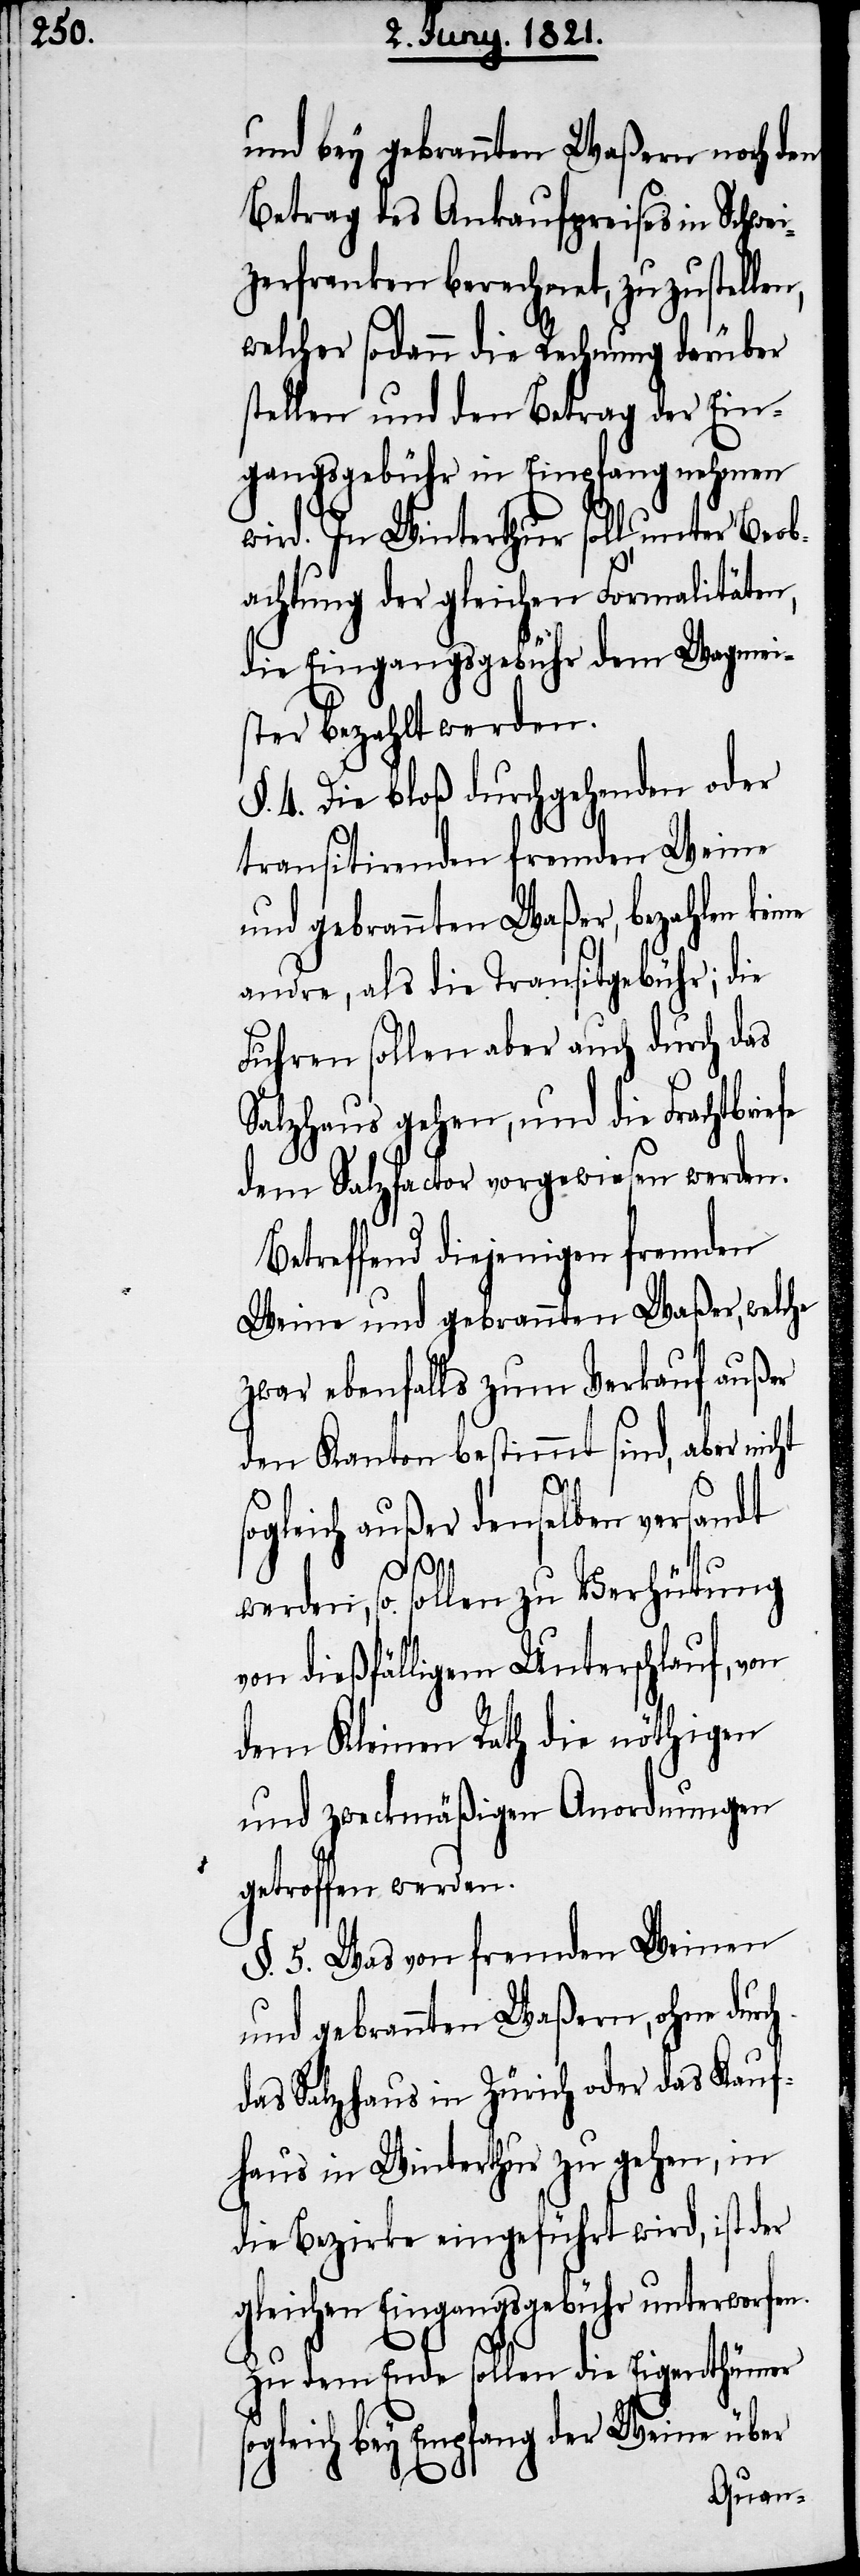
und bey gebrannten Waßern noch den
Betrag des Ankaufpreises in Schwei¬
zerfranken berechnet, zuzustellen,
welcher sodann die Rechnung darüber
stellen und den Betrag der Ein¬
gangsgebühr in Empfang nehmen
wird. In Winterthur soll, unter Beob¬
achtung der gleichen Formalitäten,
die Eingangsgebühr dem Wagmei¬
ster bezahlt werden.
4. Die bloß durchgehenden oder
transitirenden fremden Weine
und gebrannten Waßer, bezahlen keine
andre, als die Transitgebühr; die
Fuhren sollen aber auch durch das
Salzhaus gehen, und die Frachtbrie¬
dem Salzfactor vorgewiesen werden.
Betreffend diejenigen fremden
Weine und gebrannten Waßer, welche
zwar ebenfalls zum Verkauf außer
dem Kanton bestimmt sind, aber nicht
ogleich außer denselben versandt
so¬
werden, so sollen zu Verhütung
dießfälligem Unterschlauf,
dem Kleinen Rath die nöthigen
und zweckmäßigen Anordnungen
getroffen werden.
§. 5. Was von fremden Weinen
und gebrannten Waßern, ohne durch
das Salzhaus in Zürich oder das Kauf¬
haus in Winterthur zu gehen, in
die Bezirke eingeführt wird, ist der
gleichen Eingangsgebühr unterworfen.
dem Ende sollen die Eigenthümer
gleich bey Empfang der Weine über